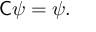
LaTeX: { \mathsf { C } } \psi = \psi .